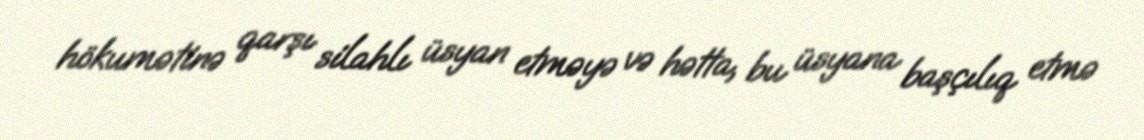
hökumətinə qarşı silahlı üsyan etməyə və hətta, bu üsyana başçılıq etmə